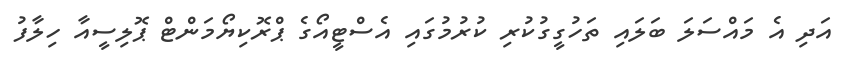
އަދި އެ މައްސަލަ ބަލައި ތަހުގީގުކުރި ކުރުމުގައި އެސްޓީއޯގެ ޕްރޮކިޔޯމަންޓް ޕޮލިސީއާ ހިލާފު